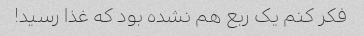
فکر کنم یک ربع هم نشده بود که غذا رسید!